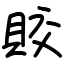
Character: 賋